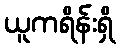
ယူကရိန်းရှိ